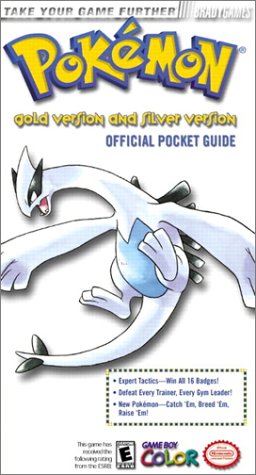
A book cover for Pokemon Gold and Silver Official Pocket Guide (Bradygames Strategy Guides); Phillip Marcus; Computers & Technology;